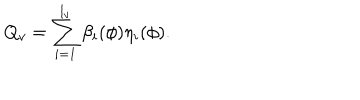
Q _ { v } = \sum _ { i = 1 } ^ { l _ { v } } \beta _ { i } ( \phi ) \eta _ { i } ( \phi ) .